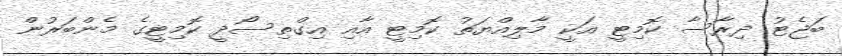
ބަޖެޓު ދިރާސާ ކޮމިޓީ އަކީ މާލިއްޔަތު ކޮމިޓީ އާއި އިގްތިސޯދީ ކޮމިޓީގެ މެންބަރުން